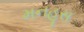
મનહૂસ